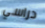
دراسي